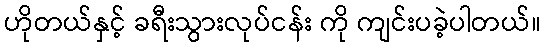
ဟိုတယ်နှင့် ခရီးသွားလုပ်ငန်း ကို ကျင်းပခဲ့ပါတယ်။